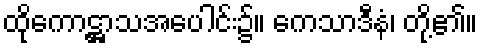
ထိုကောဋ္ဌာသအပေါင်း၌။ ကေသာဒီနံ၊ တို့၏။